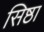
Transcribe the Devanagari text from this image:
सिष्ठा